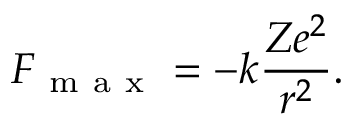
F _ { \mathrm { ~ m ~ a ~ x ~ } } = - k \frac { Z e ^ { 2 } } { r ^ { 2 } } .